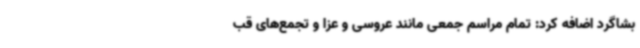
بشاگرد اضافه کرد: تمام مراسم جمعی مانند عروسی و عزا و تجمع‌های قب